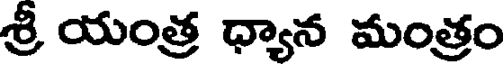
శ్రీ యంత్ర ధ్యాన మంత్రం